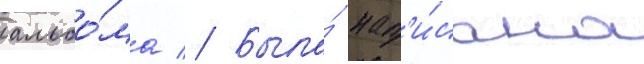
альбо́ма // Была́ нап'и́сана